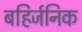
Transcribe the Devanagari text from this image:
बहिर्जनिक